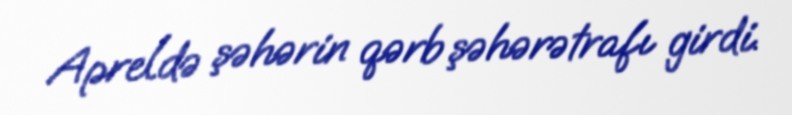
Apreldə şəhərin qərb şəhərətrafı girdi.